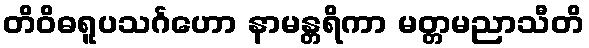
တိဝိဓရူပသင်္ဂဟော နာမန္တရိကာ မတ္တမညာသီတိ